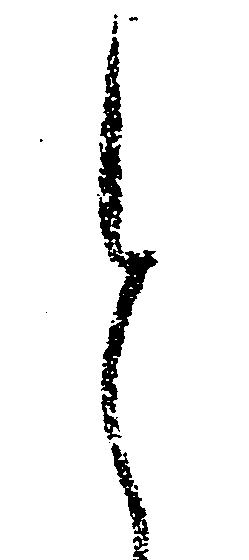
と